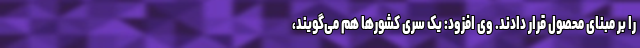
را بر مبنای محصول قرار دادند. وی افزود: یک سری کشورها هم می‌گویند،